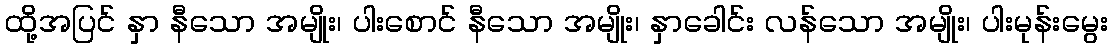
ထို့အပြင် နှာ နီသော အမျိုး၊ ပါးစောင် နီသော အမျိုး၊ နှာခေါင်း လန်သော အမျိုး၊ ပါးမုန်းမွေး